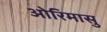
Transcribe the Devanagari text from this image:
ओरिमासु